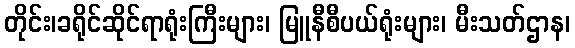
တိုင်း၊ခရိုင်ဆိုင်ရာရုံးကြီးများ၊ မြူနီစီပယ်ရုံးများ၊ မီးသတ်ဌာန၊